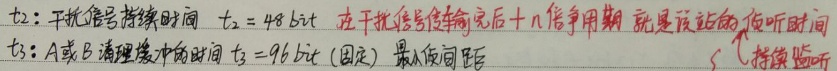
\(t_2\)：干扰信号持续时间，\(t_2 = 48\ \text{bit}\)。在干扰信号传输完后十几个争用期就是该站的侦听时间。
\(t_3\)：A或B清理缓冲的时间，\(t_3 = 96\ \text{bit}\)（固定）。最小帧间距 （持侦听）